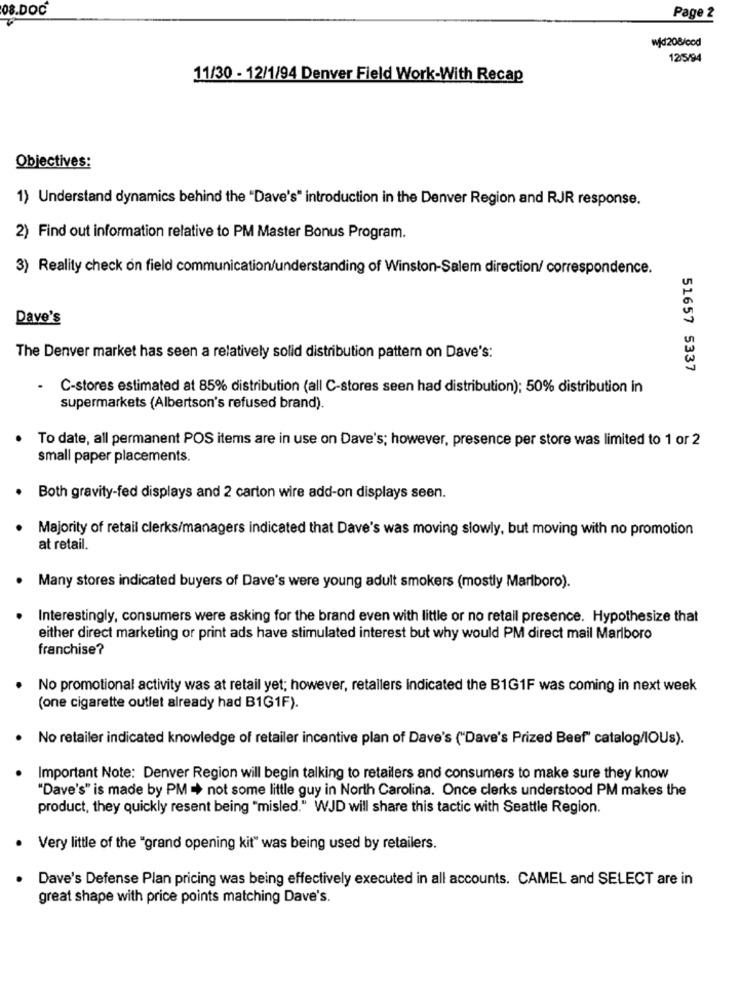
08.DOC
Page 2
wfd208/cod
125/94
11/30 - 12/1/94 Denver Field Work-With Recap
Objectives:
1) Understand dynamics behind the "Dave's" introduction in the Denver Region and RJR response.
2) Find out information relative to PM Master Bonus Program.
3) Reality check on field communication/understanding of Winston-Salem direction/ correspondence.
Dave's
The Denver market has seen a relatively solid distribution pattern on Dave's:
51657 5337
.
C-stores estimated at 85% distribution (all C-stores seen had distribution); 50% distribution in
supermarkets (Albertson's refused brand).
To date, all permanent POS items are in use on Dave's; however, presence per store was limited to 1 or 2
small paper placements.
Both gravity-fed displays and 2 carton wire add-on displays seen.
Majority of retail clerks/managers indicated that Dave's was moving slowly, but moving with no promotion
at retail.
Many stores indicated buyers of Dave's were young adult smokers (mostly Marlboro).
Interestingly, consumers were asking for the brand even with little or no retail presence. Hypothesize that
either direct marketing or print ads have stimulated interest but why would PM direct mail Marlboro
franchise?
No promotional activity was at retail yet; however, retailers indicated the B1G1F was coming in next week
(one cigarette outlet already had B1G1F).
No retailer indicated knowledge of retailer incentive plan of Dave's ("Dave's Prized Beef" catalog/IOUs).
Important Note: Denver Region will begin talking to retailers and consumers to make sure they know
"Dave's" is made by PM + not some little guy in North Carolina. Once clerks understood PM makes the
product, they quickly resent being "misled." WJD will share this tactic with Seattle Region.
· Very little of the "grand opening kit" was being used by retailers.
Dave's Defense Plan pricing was being effectively executed in all accounts. CAMEL and SELECT are in
great shape with price points matching Dave's.